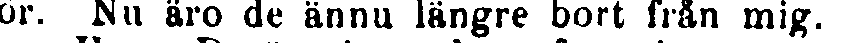
ör. Nu äro de ännu längre bort från mig.